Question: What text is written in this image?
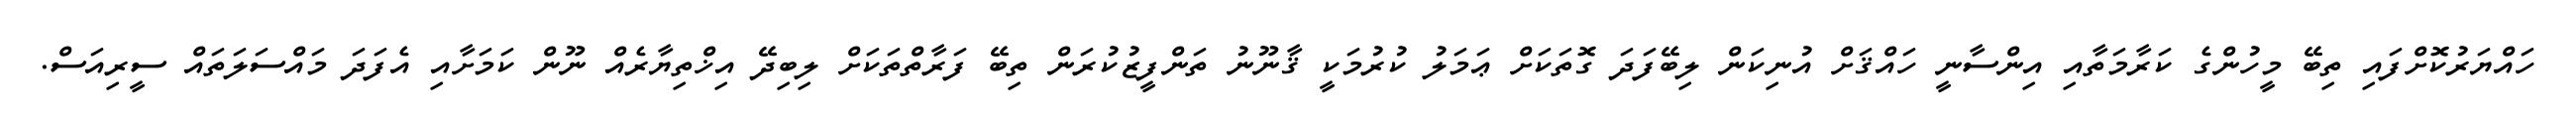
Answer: ހައްޔަރުކޮށްފައި ތިބޭ މީހުންގެ ކަރާމަތާއި އިންސާނީ ހައްޤަށް އުނިކަން ލިބޭފަދަ ގޮތަކަށް ޢަމަލު ކުރުމަކީ ޤާނޫނު ތަންފީޒުކުރަން ތިބޭ ފަރާތްތަކަށް ލިބިދޭ އިޚްތިޔާރެއް ނޫން ކަމަށާއި އެފަދަ މައްސަލަތައް ސީރިއަސް.